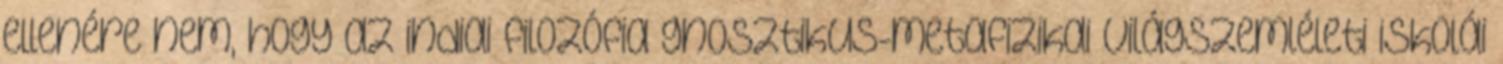
ellenére nem, hogy az indiai filozófia gnosztikus-metafizikai világszemléleti iskolái